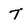
Character: 7